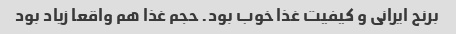
برنج ایرانی و کیفیت غذا خوب بود. حجم غذا هم واقعا زیاد بود